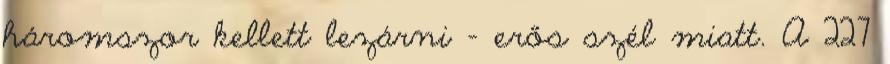
háromszor kellett lezárni – erős szél miatt. A 227